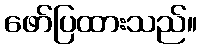
ဖော်ပြထားသည်။